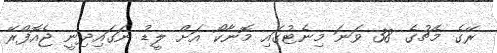
ރޭގެ މެޗުގެ 38 ވަނަ މިނެޓުގައި މޮނާކޯ އަށް ލީޑު ނަގައިދިނީ ޖެއޮފްރޭ